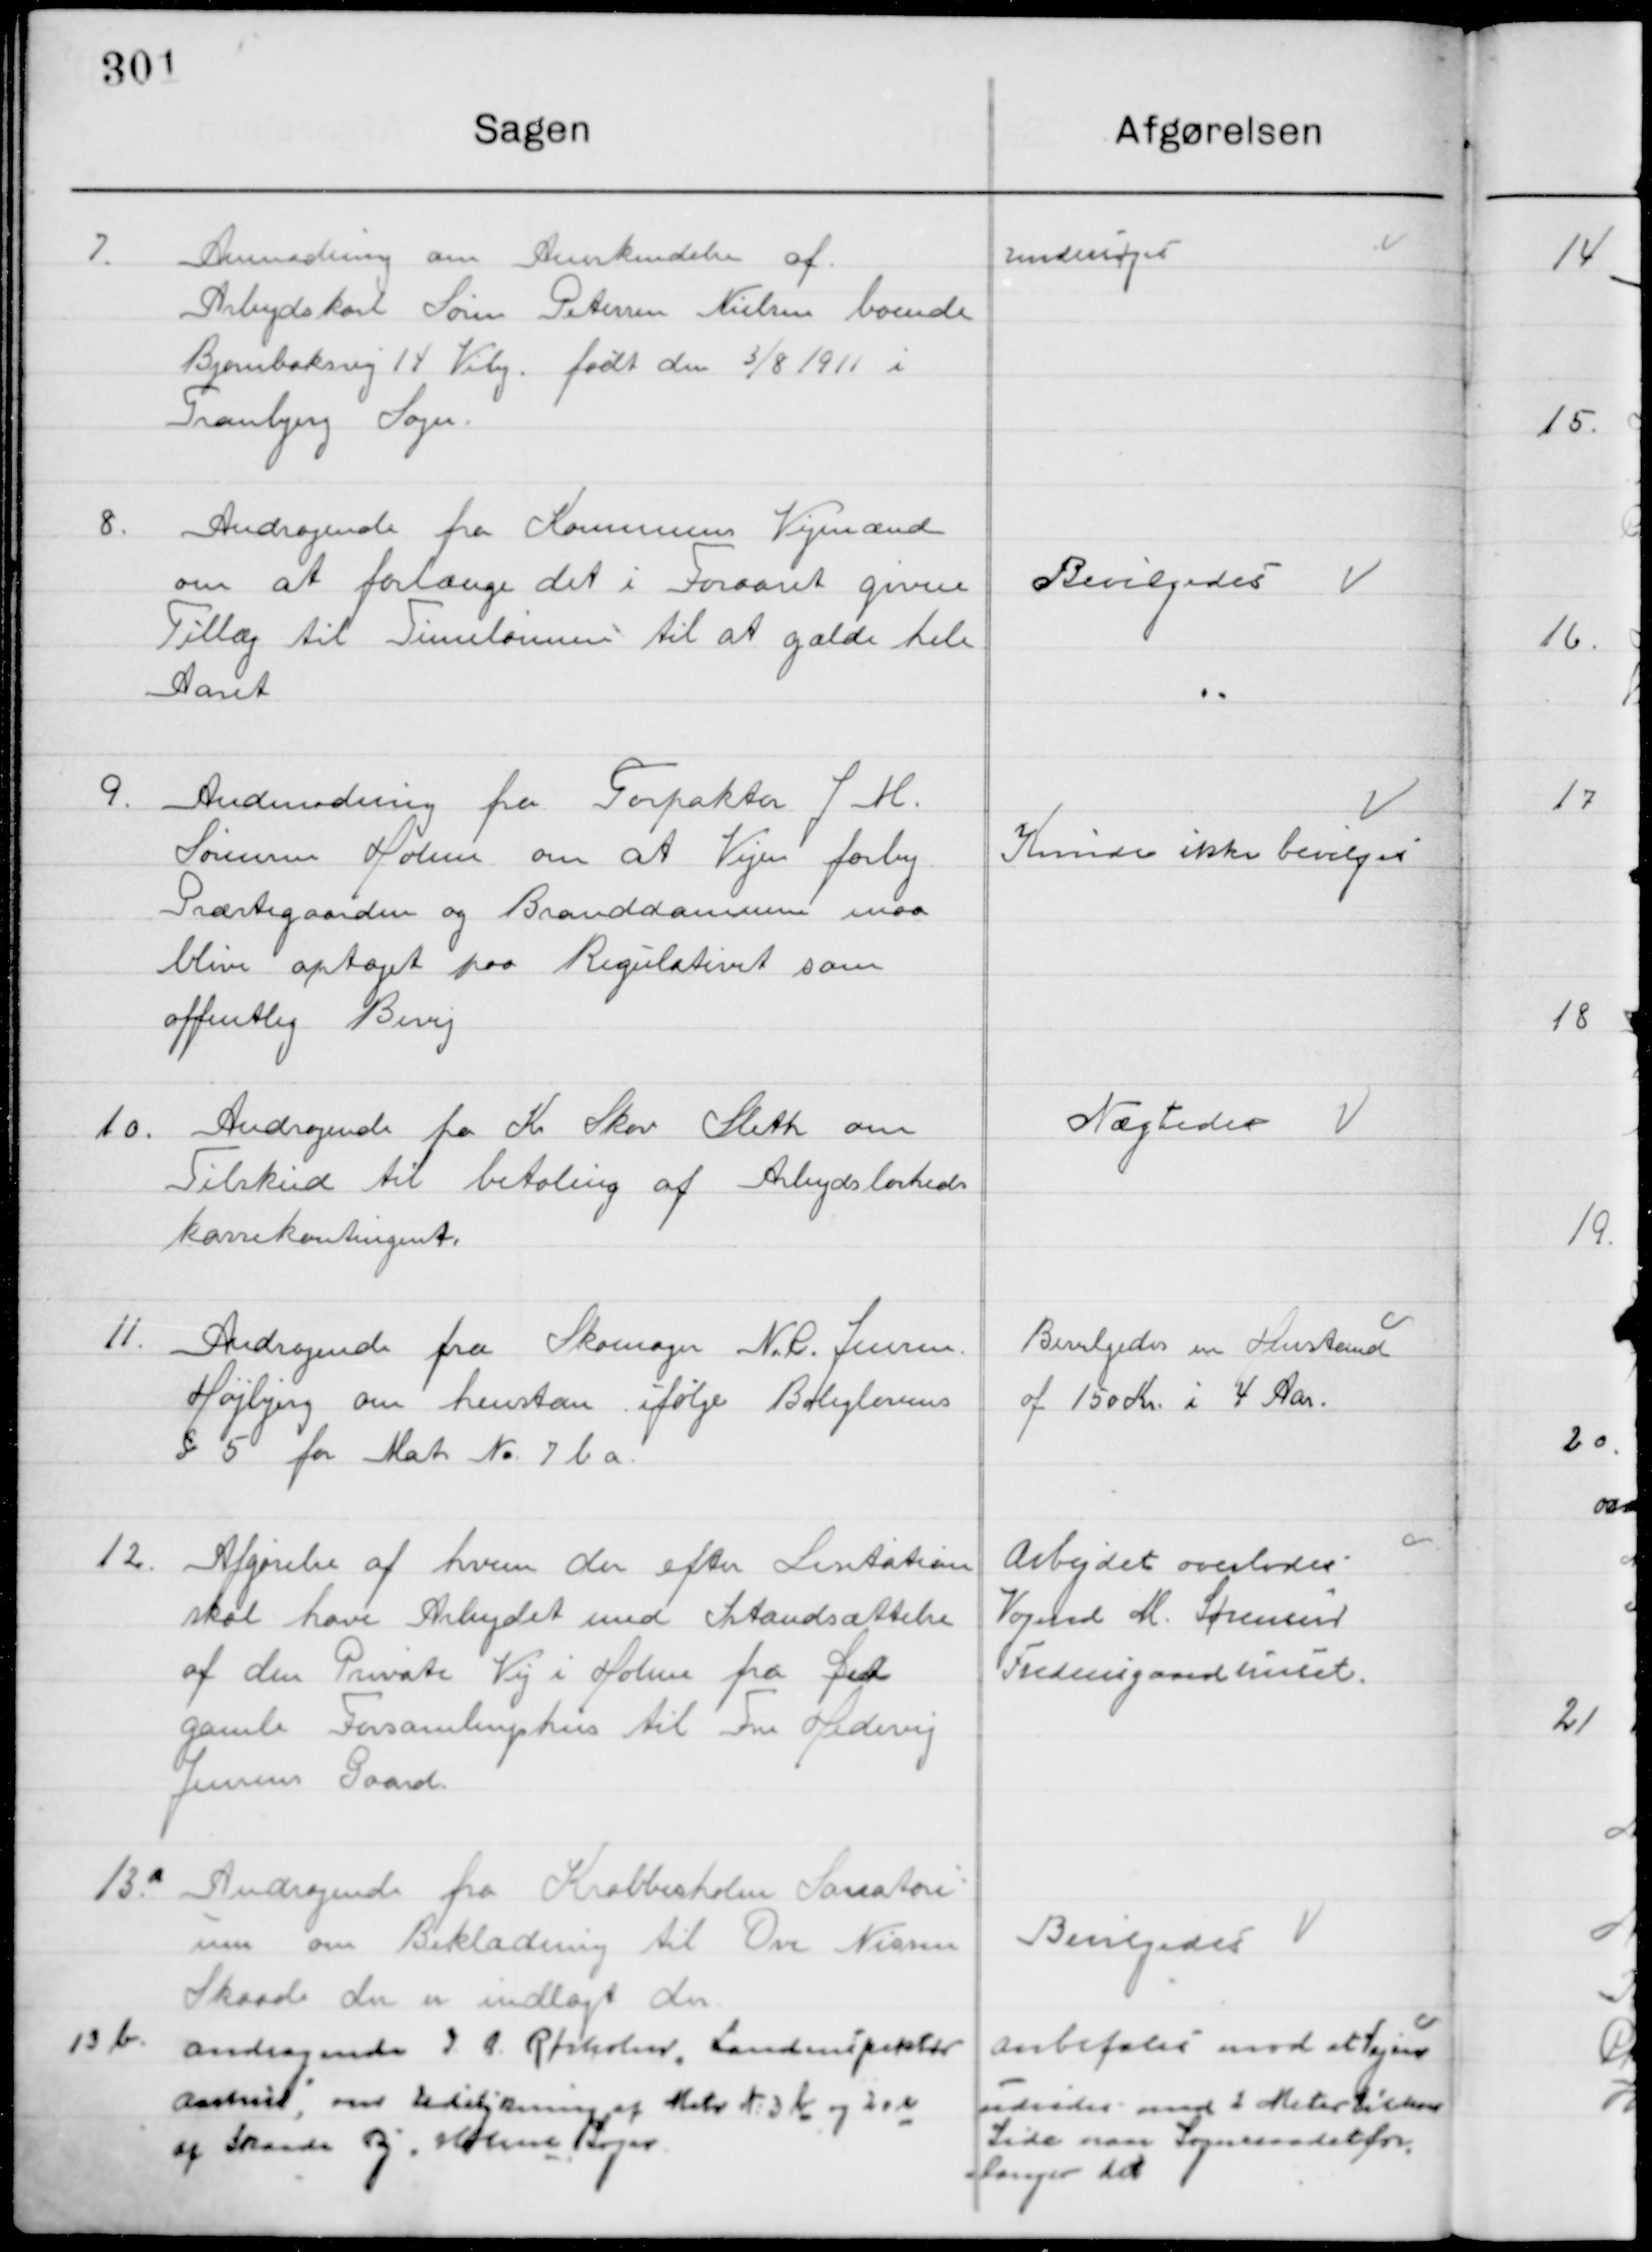
Transskription:
7

Anmodning om Anerkendelse af
Arbejdskarl Søren Petersen Nielsen boende
Bjambaksvej 14 Viby født den 3/8 1911 i 
Tranbjerg Sogn

Undersøges

8

Andragende fra Kommunens Vejmænd
om at forlænge det i Foraaret givne 
Tilsæg til Timelønnen til at gælde hele
Aaret

Bevilgedes

9

Anmodning fra Forpakter J. H.
Sørensen Holm om at Vejen forbi
Præstegaarden og Branddammen maa
blive optaget paa Regulativet som
offentlig Bivej

Kunde ikke bevilgedes

10

Andragende fra Kr. Skov Sleth om
Tilskud til betaling af Arbejdsløsheds-
kasse kontingent

Nægtes

11

Andragende fra Skomager N. L. Jensen
Højbjerg om henstand ifølge Boliglovens 
§ 5 for Matr. Nr. 7 b a

Bevilgedes en Henstand
af 159 Kr. i 4 aar

12

Afgørelse af hvem der efter Licitation
skal have Arbejdet med Istandsættelse 
af den Private Vej i Holm fra Det
gamle Forsamlingshus til Fru Hedevig	
Jensens Gaard

Arbejdet overlodes
Vognmd. M. Sørensen
Fredensgaard huset.

13. a

Andragende fra Krabbestholm Sanatorie 
En om Beklædning til Ove Nisum
Skaade der er indlagt der

Bevilgedes

13 b.

Andragende I. A. Rørholm, Landinspektør 
anvist om Udstykning af Matr. Nr. 3 k og 20 e
af Skaade By i Holme Sogn

Anbefales mod at 
Udsiden mod 2 Meter 
Side man Sogneraads for-
langer det